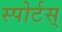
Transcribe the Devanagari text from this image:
स्पोर्टस्‌